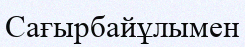
Сағырбайұлымен